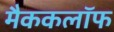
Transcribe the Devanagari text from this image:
मैककलॉफ